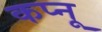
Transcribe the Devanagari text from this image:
कप्नू